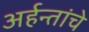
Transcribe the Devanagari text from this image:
अर्हन्तांचे